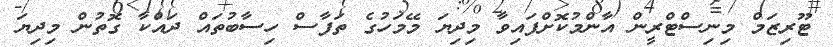
ޓޫރިޒަމް މިނިސްޓްރީން އާންމުކޮށްފައިވާ މިދިޔަ މޭމަހުގެ ތަފާސް ހިސާބުތައް ދައްކާ ގޮތުން މިދިޔަ